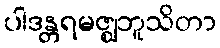
ပါဒန္တရမဇ္ဈဘူသိတာ